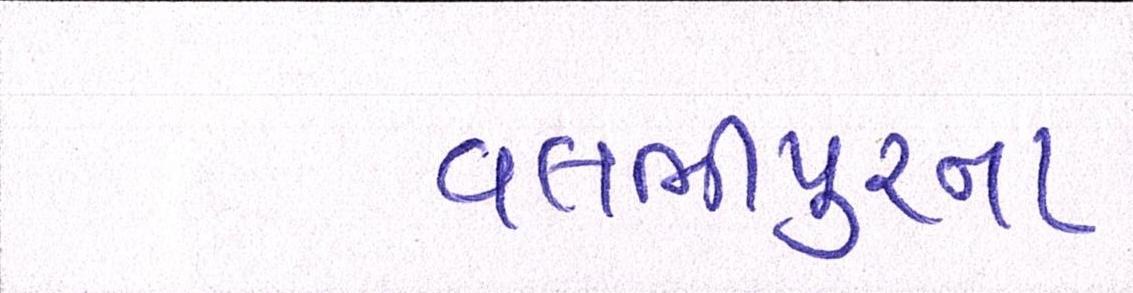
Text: વલભીપુરના